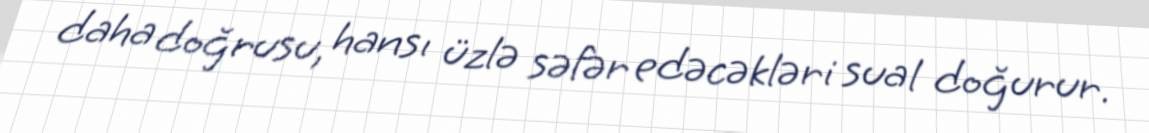
daha doğrusu, hansı üzlə səfər edəcəkləri sual doğurur.